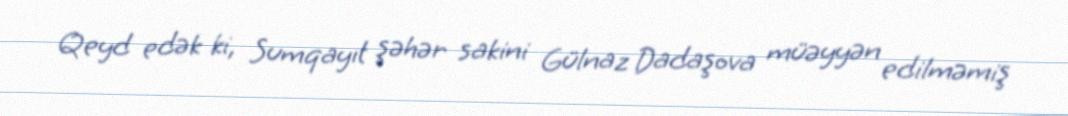
Qeyd edək ki, Sumqayıt şəhər sakini Gülnaz Dadaşova müəyyən edilməmiş